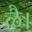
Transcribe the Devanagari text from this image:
ळै।